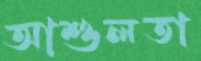
আশুলতা